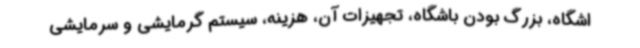
اشگاه، بزرگ بودن باشگاه، تجهیزات آن، هزینه، سیستم گرمایشی و سرمایشی